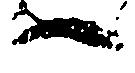
へ